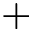
+